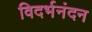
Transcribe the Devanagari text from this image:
विदर्भनंदन